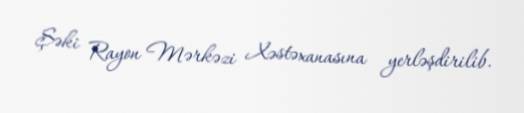
Şəki Rayon Mərkəzi Xəstəxanasına yerləşdirilib.